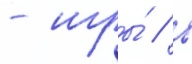
- игры́ / в